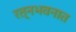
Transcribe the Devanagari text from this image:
रत्‍नभवनात